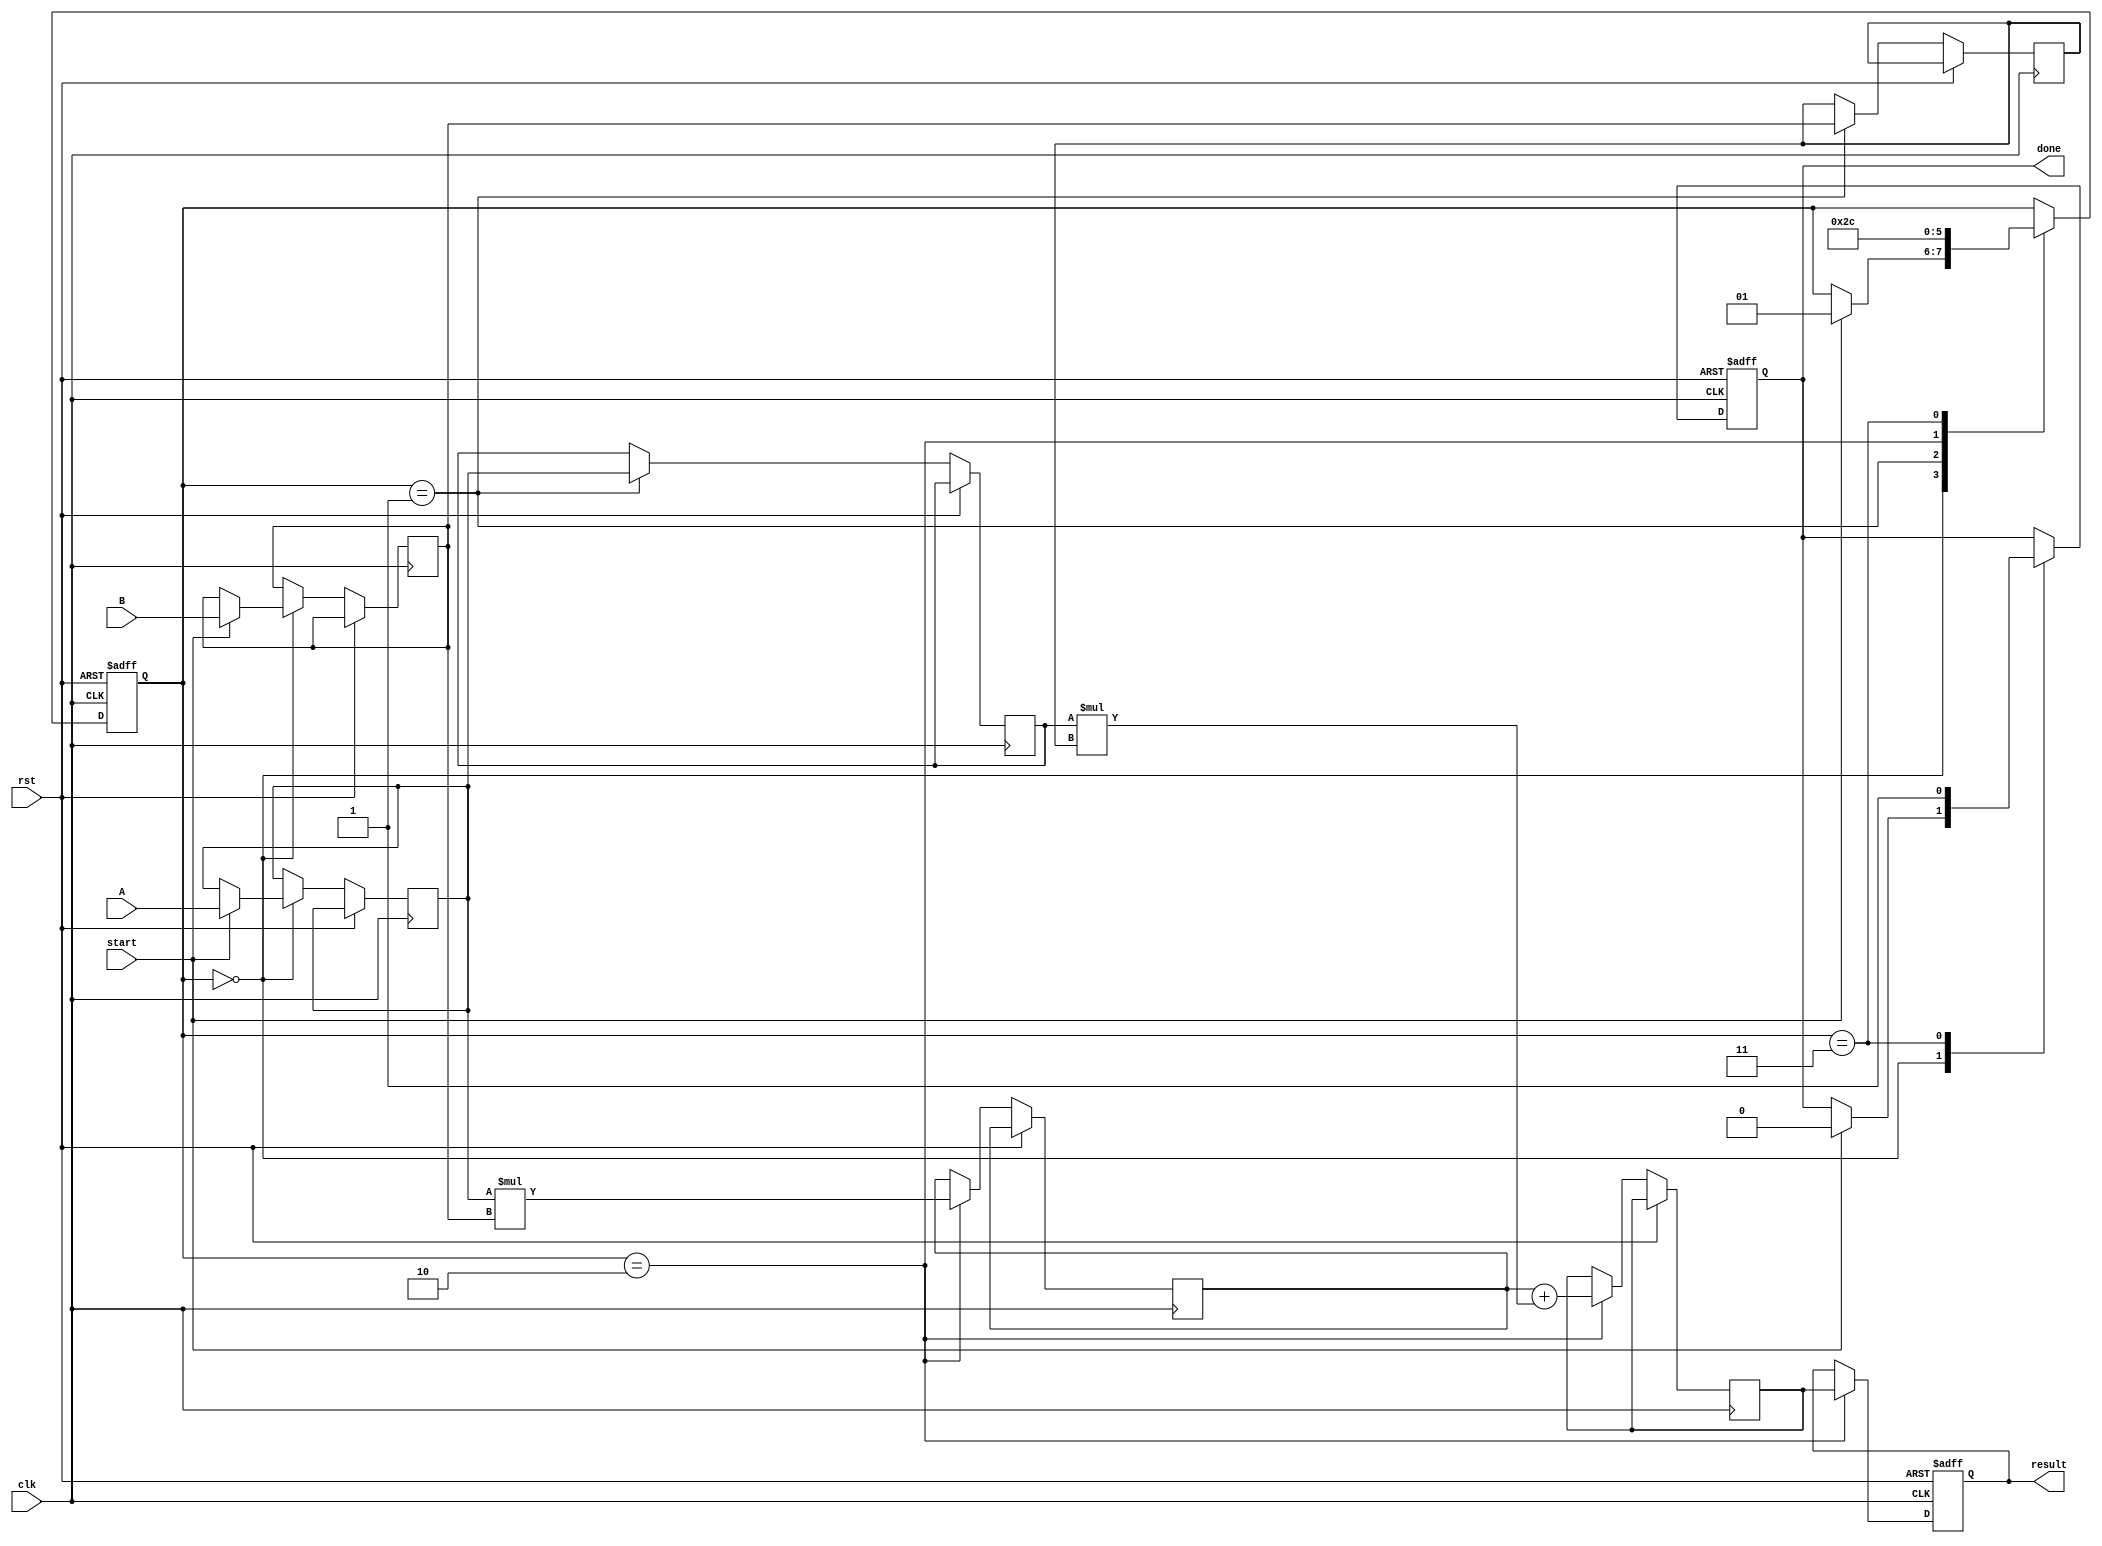
module systolic_multiplier(
    input clk,
    input rst,
    input [7:0] A, // First operand (8-bit)
    input [7:0] B, // Second operand (8-bit)
    input start,
    output reg [15:0] result, // Output result (16-bit)
    output reg done
);

    reg [7:0] a_reg [1:0]; // Registers for A
    reg [7:0] b_reg [1:0]; // Registers for B
    reg [15:0] p_reg [1:0]; // Partial products
    reg [1:0] state; // State variable for control

    localparam IDLE = 2'b00, LOAD = 2'b01, COMPUTE = 2'b10, DONE = 2'b11;

    always @(posedge clk or posedge rst) begin
        if (rst) begin
            state <= IDLE;
            result <= 0;
            done <= 0;
        end else begin
            case (state)
                IDLE: begin
                    if (start) begin
                        a_reg[0] <= A; // Load A into PE0
                        b_reg[0] <= B; // Load B into PE0
                        state <= LOAD;
                        done <= 0;
                    end
                end

                LOAD: begin
                    // Load the next stage
                    a_reg[1] <= a_reg[0]; // Forward A to PE1
                    b_reg[1] <= b_reg[0]; // Forward B to PE1
                    state <= COMPUTE;
                end

                COMPUTE: begin
                    // Compute partial products
                    p_reg[0] <= a_reg[0] * b_reg[0]; // PE0 computes
                    p_reg[1] <= p_reg[0] + (a_reg[1] * b_reg[1]); // PE1 computes and accumulates
                    result <= p_reg[1]; // Store the final result
                    state <= DONE;
                end

                DONE: begin
                    done <= 1; // Indicate completion
                    state <= IDLE; // Reset to IDLE
                end
            endcase
        end
    end
endmodule